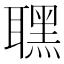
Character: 𦗣